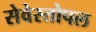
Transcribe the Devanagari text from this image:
सेवेस्तोपल